Civil Veterinary Department Bihar reports 1940-50 - 1940-1950
Year: 1940
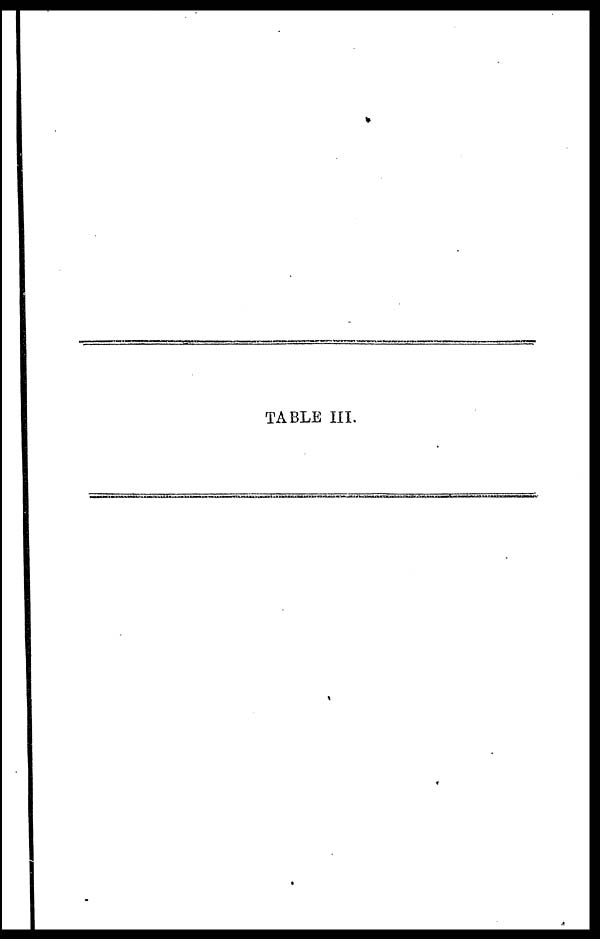
TABLE III.